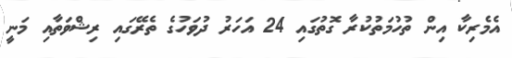
އެމެރިކާ އިން ތުުހުމަތުކުރާ ގޮތުގައި 24 އަހަރު ދުވަހުގެ ތެރޭގައި ރިޝްވަތާއި މަނީ